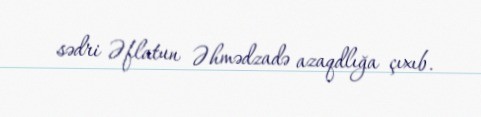
sədri Əflatun Əhmədzadə azaqdlığa çıxıb.